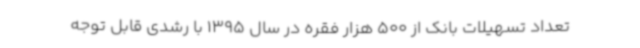
تعداد تسهیلات بانک از 500 هزار فقره در سال 1395 با رشدی قابل توجه